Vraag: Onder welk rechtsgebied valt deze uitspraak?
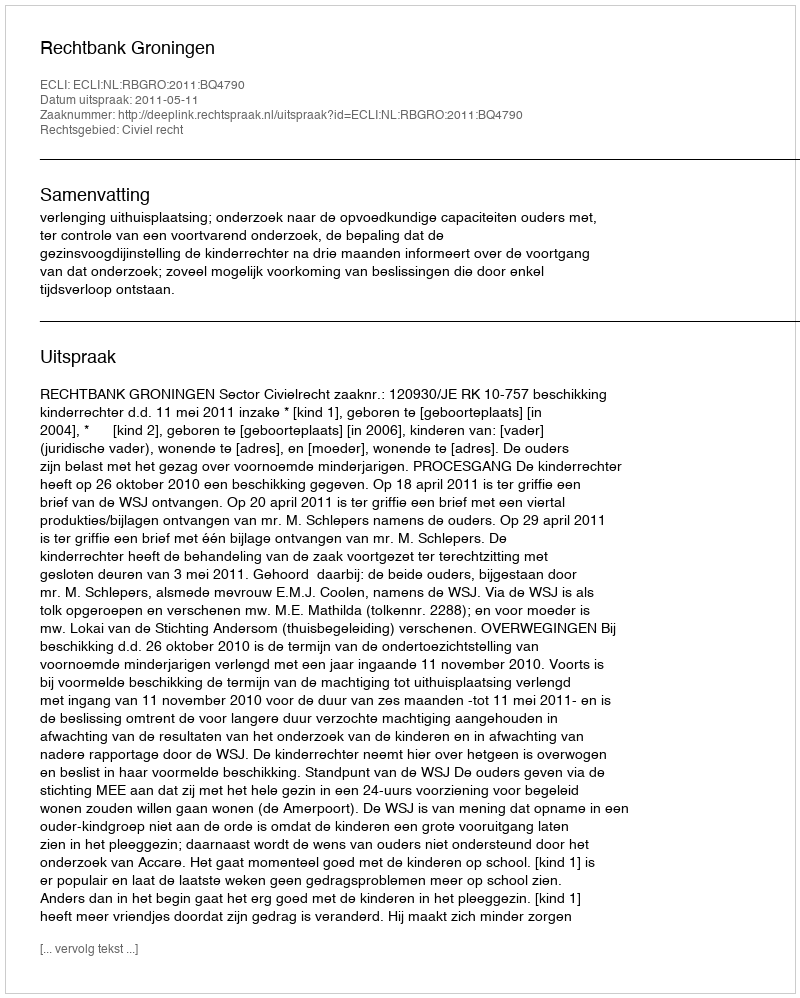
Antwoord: Civiel recht